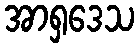
အာရှဒေသ